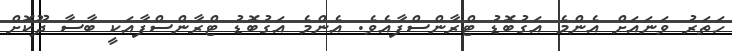
ހަތަރު ވަނައަށް އެންމެ އަގުބޮޑު ޓްރާންސްފާއެވެ. އެންމެ އަގުބޮޑު ޓްރާންސްފާއަކީ ބާސާ ދޫކޮށް